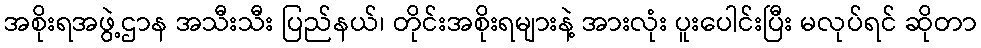
အစိုးရအဖွဲ့ဌာန အသီးသီး ပြည်နယ်၊ တိုင်းအစိုးရများနဲ့ အားလုံး ပူးပေါင်းပြီး မလုပ်ရင် ဆိုတာ